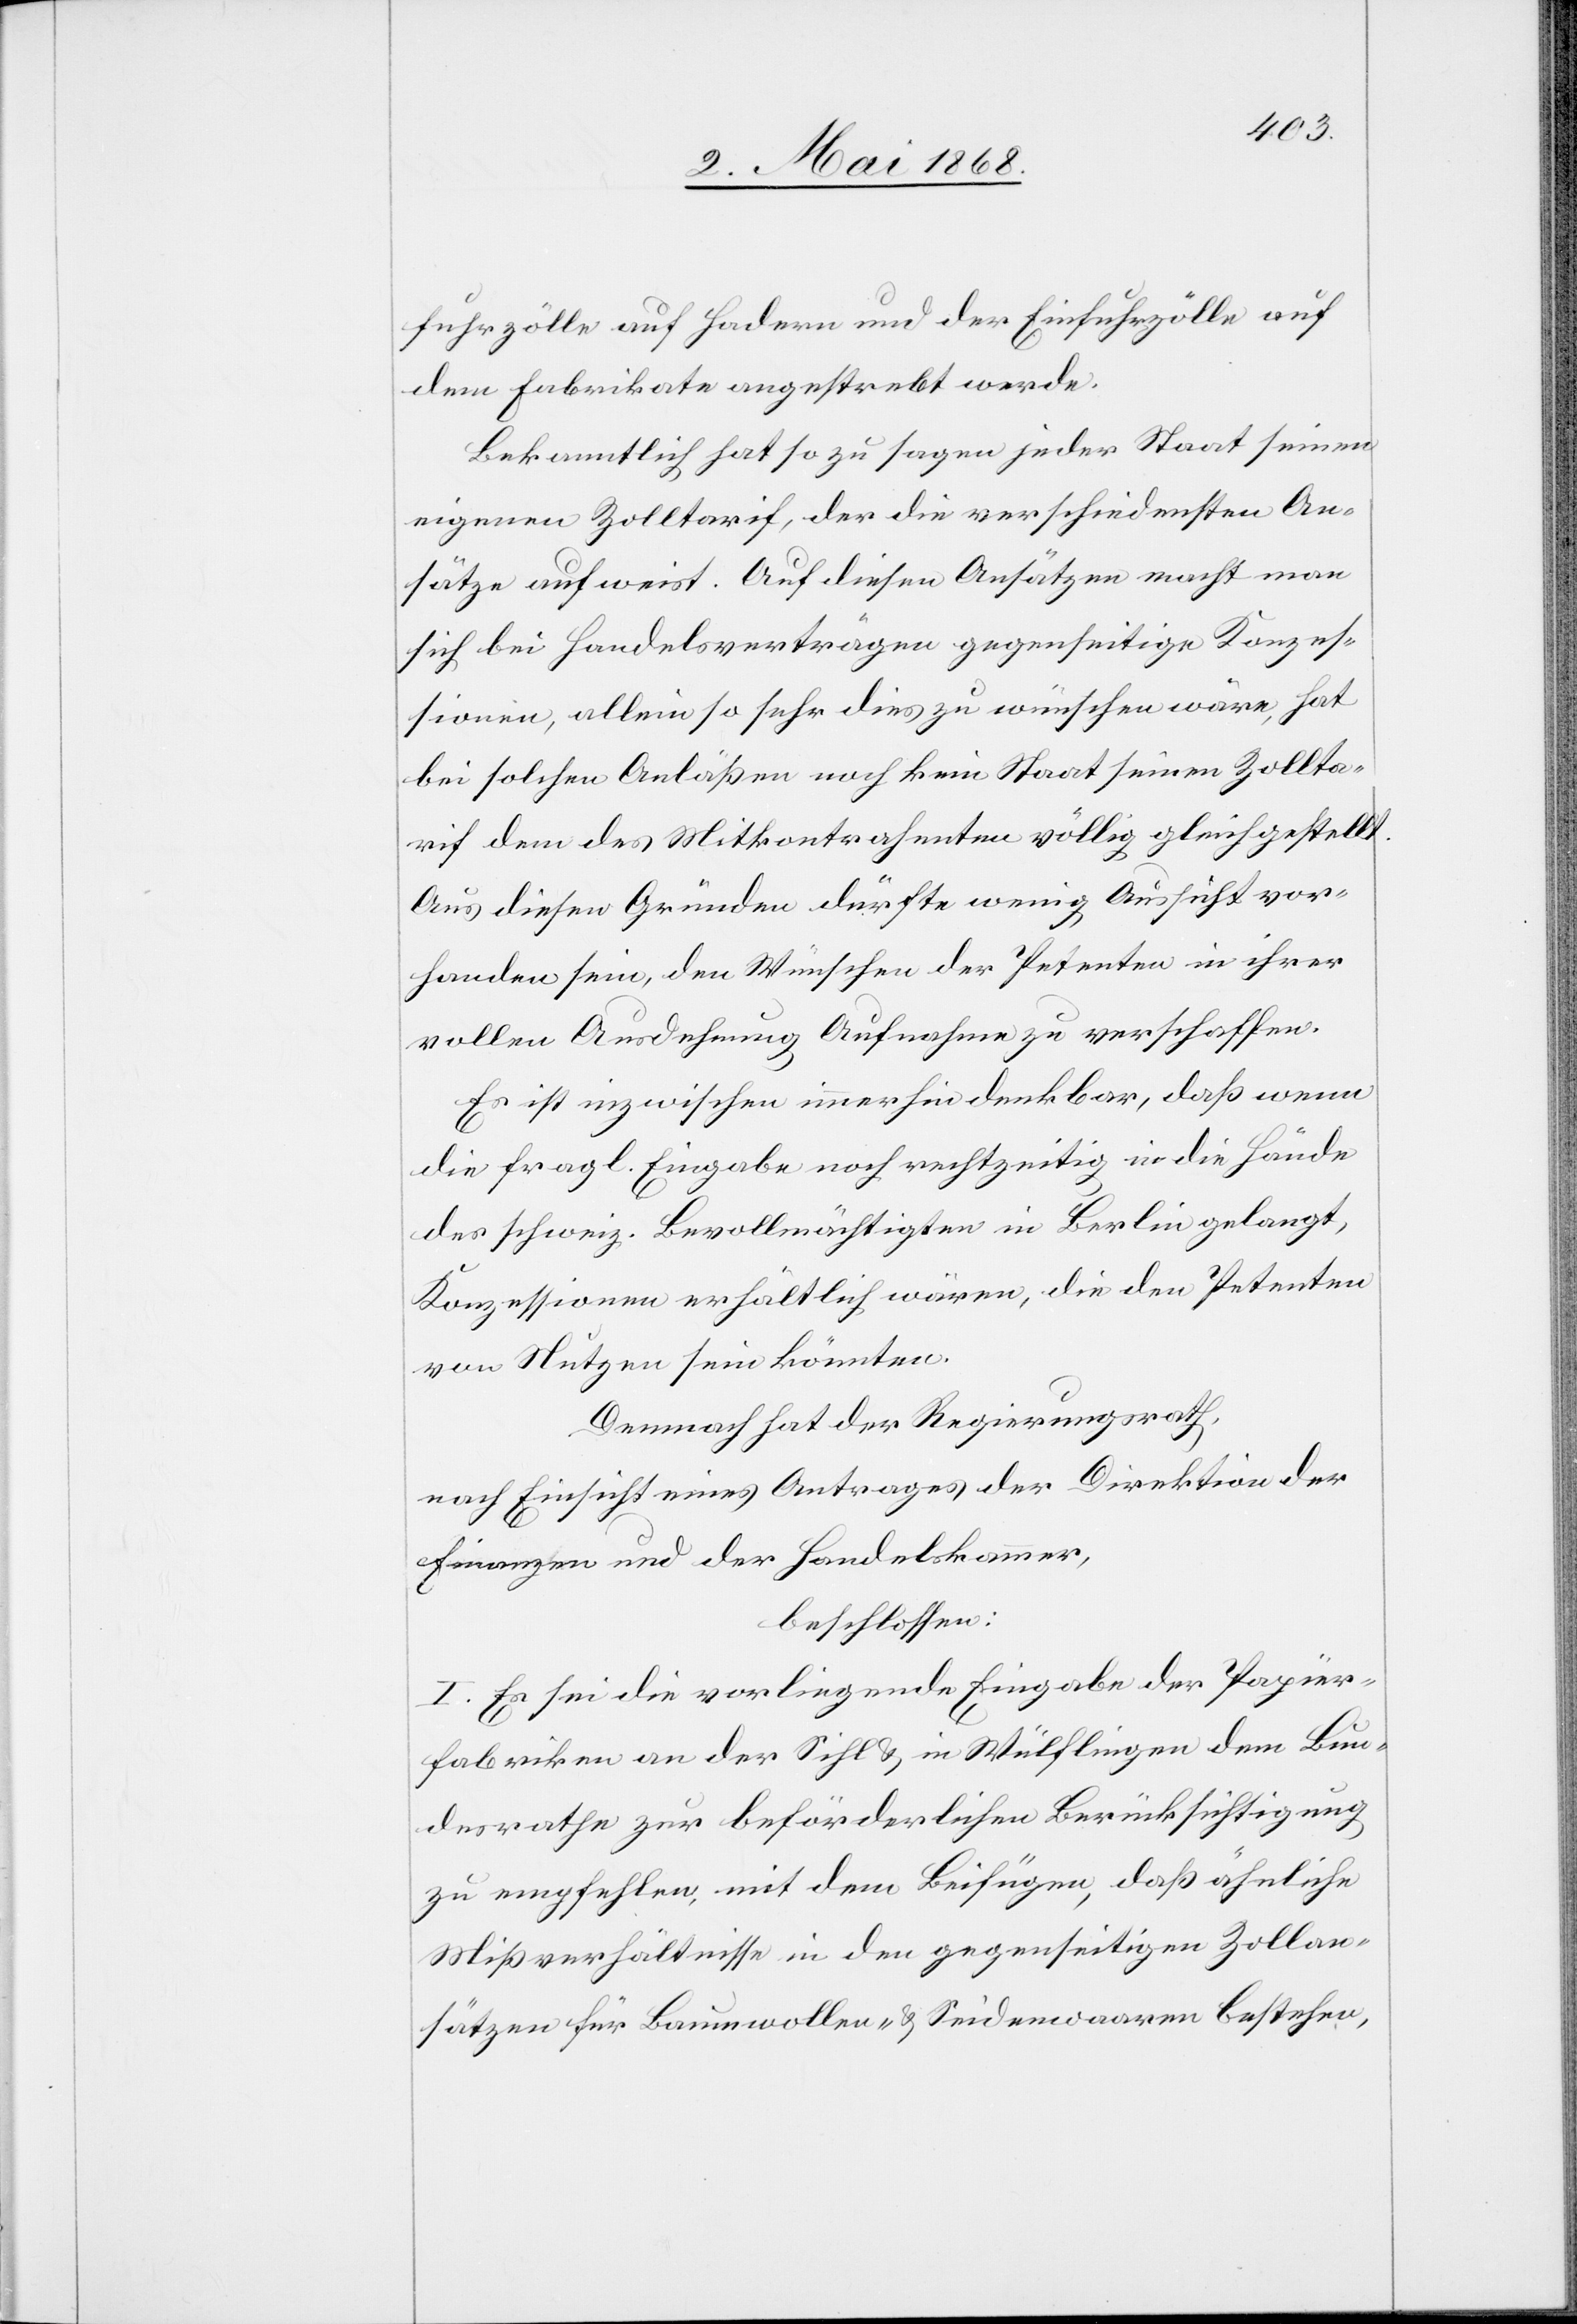
fuhrzölle auf Hadern und der Einfuhrzölle auf
dem Fabrikate angestrebt werde.
Bekanntlich hat so zu sagen jeder Staat seinen
eigenen Zolltarif, der die verschiedensten An¬
sätze aufweist. Auf diesen Ansätzen macht man
sich bei Handelsverträgen gegenseitige Konzes¬
sionen, allein so sehr dies zu wünschen wäre, hat
bei solchen Anläßen noch kein Staat seinen Zollta¬
rif dem des Mitkontrahenten völlig gleichgestellt.
Aus diesen Gründen dürfte wenig Aussicht vor¬
handen sein, den Wünschen der Petenten in ihrer
vollen Ausdehnung Aufnahme zu verschaffen.
Es ist inzwischen immerhin denkbar, daß wenn
die fragl. Eingabe noch rechtzeitig in die Hände
des schweiz. Bevollmächtigten in Berlin gelangt,
Konzessionen erhältlich wären, die den Petenten
von Nutzen sein könnten.
Demnach hat der Regierungsrath,
nach Einsicht eines Antrages der Direktion der
Finanzen und der Handelskammer,
beschlossen:
I. Es sei die vorliegende Eingabe der Papier¬
fabriken an der Sihl & in Wülflingen dem Bun¬
desrathe zur beförderlichen Berücksichtigung
zu empfehlen, mit dem Beifügen, daß ähnliche
Mißverhältnisse in den gegenseitigen Zollan¬
sätzen für Baumwollen- & Seidenwaaren bestehen,